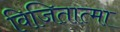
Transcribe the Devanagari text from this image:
विजितात्मा